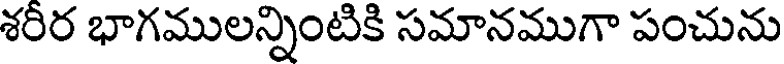
శరిర భాగములన్నింటికి సమానముగా పంచును